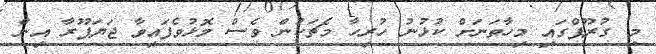
މި ގުރޫޕްގައި މިހާތަނަށް ކުޅުނު ހުރިހާ މެޗަކުން ވެސް މޮޅުވެފައިވާ ޖަޔަޕޫރާ އިން